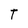
Character: T